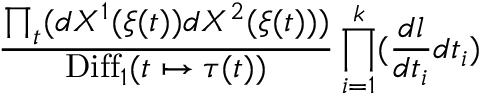
{ \frac { \prod _ { t } ( d X ^ { 1 } ( \xi ( t ) ) d X ^ { 2 } ( \xi ( t ) ) ) } { \mathrm { D i f f } _ { 1 } ( t \mapsto \tau ( t ) ) } } \prod _ { i = 1 } ^ { k } ( { \frac { d l } { d t _ { i } } } d t _ { i } )